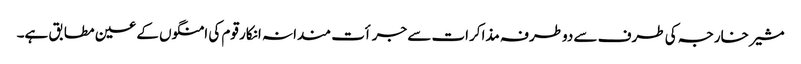
مشیر خارجہ کی طرف سے دوطرفہ مذاکرات سے جرأت مندانہ انکار قوم کی امنگوں کے عین مطابق ہے۔